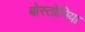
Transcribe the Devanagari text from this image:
बोस्तोनिया